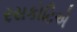
રસકોટિએ